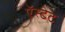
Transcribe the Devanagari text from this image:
ऍस्टेट